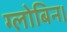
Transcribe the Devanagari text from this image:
ग्लोबिन।